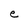
Character: e